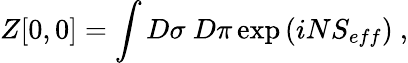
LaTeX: Z[0,0]=\int D\sigma\ D\pi\exp\left(iNS_{eff}\right)\ ,